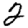
Digit: 2